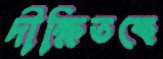
দীক্ষিতকে